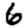
Digit: 6